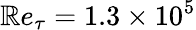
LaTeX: \mathbb{R}e_{\tau}=1.3\times10^{5}